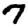
Digit: 7